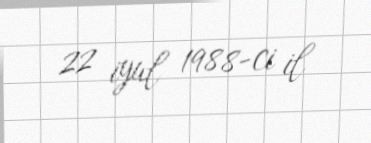
22 iyul 1988-ci il